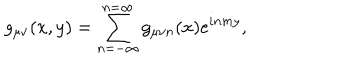
LaTeX: g _ { \mu \nu } ( x , y ) = \sum _ { n = - \infty } ^ { n = \infty } g _ { \mu \nu n } ( x ) e ^ { i n m y } ,